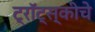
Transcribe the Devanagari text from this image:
ट्रॉट्स्कीचे